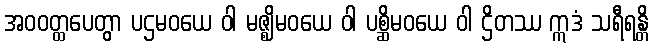
အဝဝတ္ထပေတွာ ပဌမဝယေ ဝါ မဇ္ဈိမဝယေ ဝါ ပစ္ဆိမဝယေ ဝါ ဌိတဿ ဣဒံ သရီရန္တိ